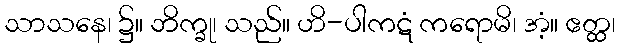
သာသနေ၊ ၌။ ဘိက္ခု၊ သည်။ ဟိ-ပါကဋံ ကရောမိ၊ အံ့။ ဧတ္ထ၊